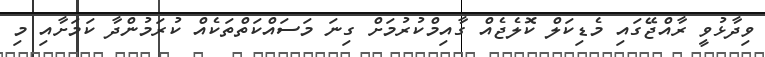
ވިދާޅުވީ ރާއްޖޭގައި މެޑިކަލް ކޮލެޖެއް ގާއިމްކުރުމަށް ގިނަ މަސައްކަތްތަކެއް ކުރަމުންދާ ކަމަށާއި މި